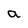
Character: a